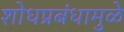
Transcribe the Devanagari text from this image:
शोधप्रबंधामुळे